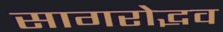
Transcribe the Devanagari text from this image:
सागरोद्भव